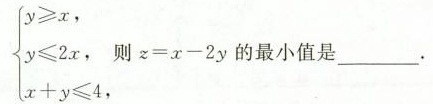
\left\{\begin{matrixcases}y≥x,\\ y≤2x,则z=x-2y的最小值是___.\\x+y≤4,\end{matrixcases}\right.